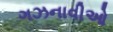
ગઝનાવીઓ